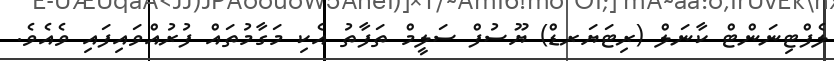
ލެފްޓިނަންޓް ކާނަލް (ރިޓަޔަރޑް) ޔޫސުފް ސަލީމް ތަފާތު އެކި މަގާމުތައް ފުރުއްވައިފައި ވެއެވެ.